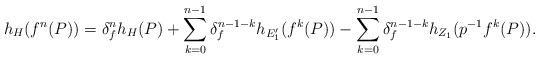
LaTeX: \begin{align*} h_{H}(f^{n}(P))=\delta_{f}^{n}h_{H}(P)+ \sum_{k=0}^{n-1}\delta_{f}^{n-1-k}h_{E'_{1}}(f^{k}(P))-\sum_{k=0}^{n-1}\delta_{f}^{n-1-k}h_{Z_{1}}(p^{-1}f^{k}(P)). \end{align*}